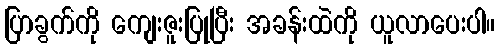
ပြာခွက်ကို ကျေးဇူးပြုပြီး အခန်းထဲကို ယူလာပေးပါ။